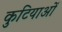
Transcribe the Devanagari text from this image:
कुटियाओं